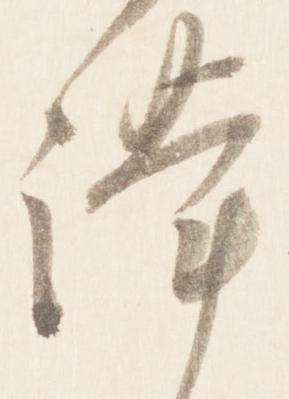
謹